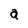
Character: a